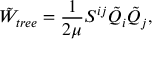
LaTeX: \tilde { W } _ { t r e e } = \frac { 1 } { 2 \mu } S ^ { i j } \tilde { Q } _ { i } \tilde { Q } _ { j } ,